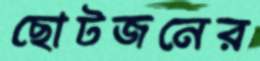
ছোটজনের